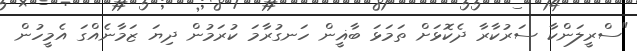
"ސްރީލަންކާ ސަރުކާރާ ދެކޮޅަށް ތަމަޅަ ބާޣީން ހަނގުރާމަ ކުރަމުން ދިޔަ ޒަމާނެއްގަ އެމީހުން